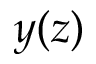
y ( z )